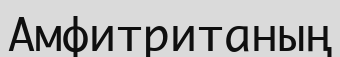
Амфитританың